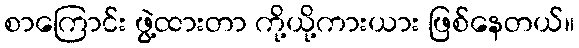
စာကြောင်း ဖွဲ့ထားတာ ကို့ယို့ကားယား ဖြစ်နေတယ်။